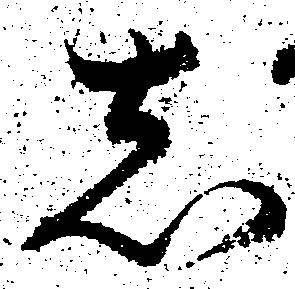
し